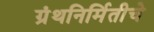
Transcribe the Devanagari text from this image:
ग्रंथनिर्मितीचे